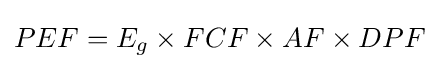
PEF=E_{g}\times FCF\times AF\times DPF